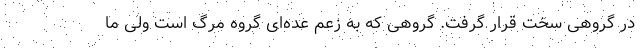
در گروهی سخت قرار گرفت. گروهی که به زعم عده‌ای گروه مرگ است ولی ما